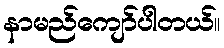
နာမည်ကျော်ပါတယ်။